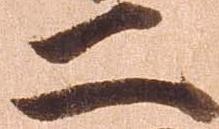
二